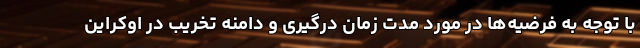
با توجه به فرضیه‌ها در مورد مدت زمان درگیری و دامنه تخریب در اوکراین